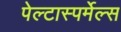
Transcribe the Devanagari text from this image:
पेल्टास्पर्मेल्स